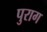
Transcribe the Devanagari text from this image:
पुराग